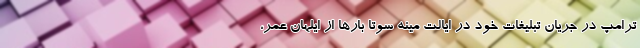
ترامپ در جریان تبلیغات خود در ایالت مینه سوتا بارها از ایلهان عمر،